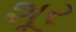
શૂર